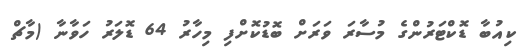
ކިއުބާ ޑޮކްޓަރުންގެ މުސާރަ ވަރަށް ބޮޑުކޮށްފި މިހާރު 64 ޑޮލަރު ހަވާނާ (މާޗް